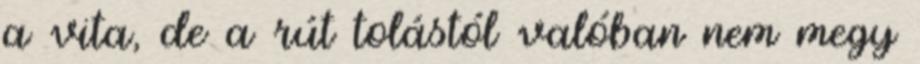
a vita, de a rút tolástól valóban nem megy